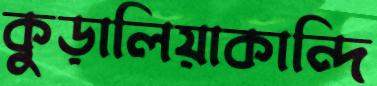
কুড়ালিয়াকান্দি